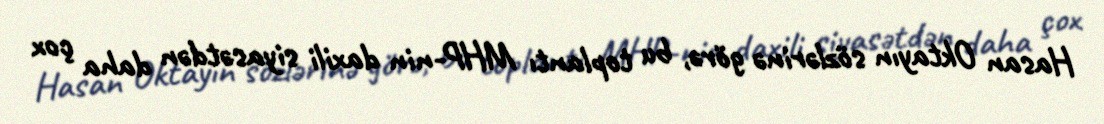
Hasan Oktayın sözlərinə görə, bu toplantı MHP-nin daxili siyasətdən daha çox